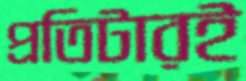
প্রতিটারই